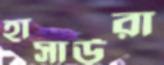
হাসাউরা